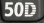
50D